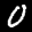
Label: 0